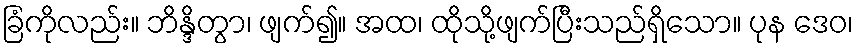
ခြံကိုလည်း။ ဘိန္ဒိတွာ၊ ဖျက်၍။ အထ၊ ထိုသို့ဖျက်ပြီးသည်ရှိသော။ ပုန ဒေဝ၊